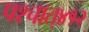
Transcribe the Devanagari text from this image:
पश्‍चात्‌४१२